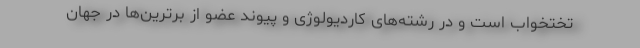
تختخواب است و در رشته‌های کاردیولوژی و پیوند عضو از برترین‌ها در جهان